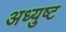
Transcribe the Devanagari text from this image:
अध्युष्ट